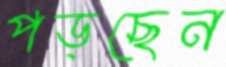
পড়ছেন